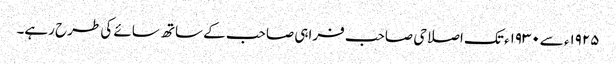
۱۹۲۵ء سے۱۹۳۰ء تک اصلاحی صاحب فراہی صاحب کے ساتھ سائے کی طرح رہے۔